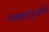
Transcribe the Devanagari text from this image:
क्वाह्ट्लीचे